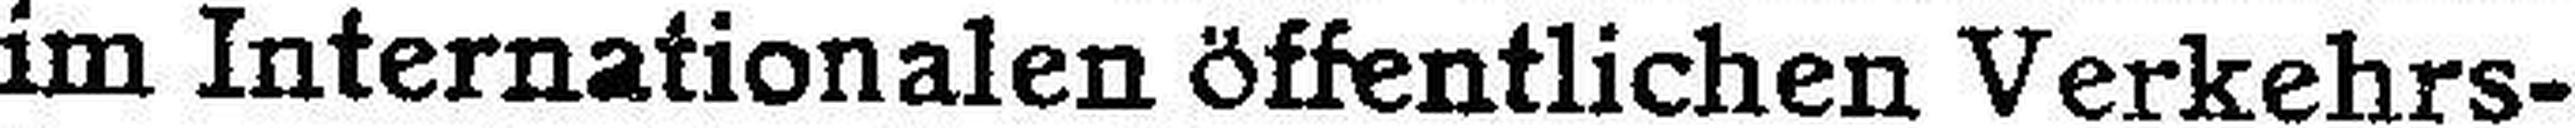
im Internationalen öffentlichen Verkehrs¬